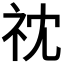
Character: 𮁡